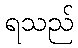
ရသည်